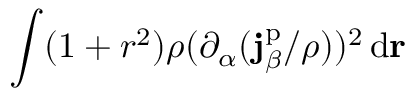
\int ( 1 + r ^ { 2 } ) \rho ( \partial _ { \alpha } ( \mathbf { j } _ { \beta } ^ { \mathrm { p } } / \rho ) ) ^ { 2 } \, \mathrm { d } \mathbf { r }